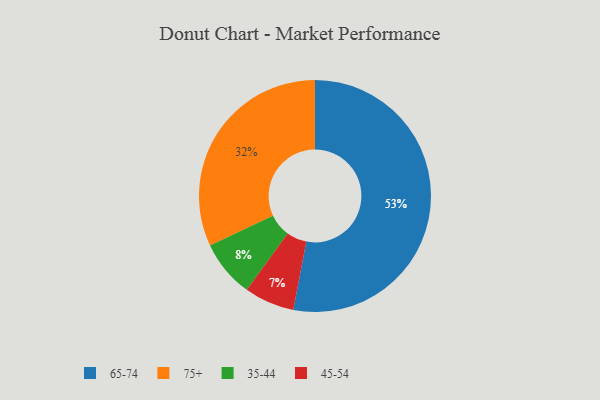
{"axis": {"x": "Category", "y": "Percentage"}, "legend": ["35-44", "45-54", "65-74", "75+"], "data": [{"x": "65-74", "y": 53, "type": "65-74"}, {"x": "75+", "y": 32, "type": "75+"}, {"x": "45-54", "y": 7, "type": "45-54"}, {"x": "35-44", "y": 8, "type": "35-44"}]}